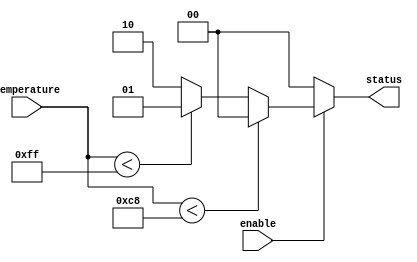
module thermal_encoder (
    input [7:0] temperature, // 8-bit analog temperature input
    input enable,            // Enable signal
    output reg [1:0] status  // 2-bit output for thermal status
);

// Define thermal status codes
localparam NORMAL   = 2'b00; // Normal status
localparam WARNING  = 2'b01; // Warning status
localparam CRITICAL = 2'b10; // Critical status

// Define temperature thresholds
localparam WARNING_THRESHOLD = 200; // Example threshold for warning
localparam CRITICAL_THRESHOLD = 255; // Example threshold for critical

always @(*) begin
    if (!enable) begin
        status = NORMAL; // Default to NORMAL if not enabled
    end else begin
        // Check the temperature ranges and set the status accordingly
        if (temperature < WARNING_THRESHOLD) begin
            status = NORMAL; // Normal operation
        end else if (temperature < CRITICAL_THRESHOLD) begin
            status = WARNING; // Warning state
        end else begin
            status = CRITICAL; // Critical state
        end
    end
end

endmodule